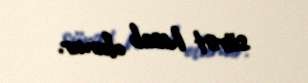
sürət hesab olunur.